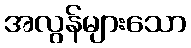
အလွန်များသော